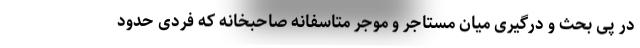
در پی بحث و درگیری میان مستاجر و موجر متاسفانه صاحبخانه که فردی حدود